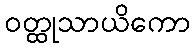
ဝတ္ထုသာယိကော